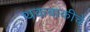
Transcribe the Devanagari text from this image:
थकबाकीचे